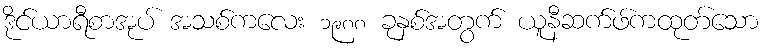
ဒိုင်ယာရီစာအုပ် အသစ်ကလေး ၁၉၈၈ ခုနှစ်အတွက် ယူနီဆက်ဖ်ကထုတ်သော